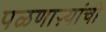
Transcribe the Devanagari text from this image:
पळणाऱ्यांची